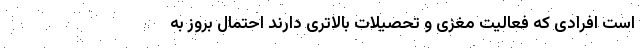
است افرادی که فعالیت مغزی و تحصیلات بالاتری دارند احتمال بروز به